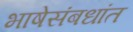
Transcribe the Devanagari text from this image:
भाषेसंबधांत